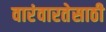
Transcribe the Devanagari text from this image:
वारंवारतेसाठी